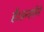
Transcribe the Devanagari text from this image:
है।इन्होंने